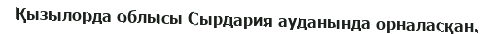
Қызылорда облысы Сырдария ауданында орналасқан.